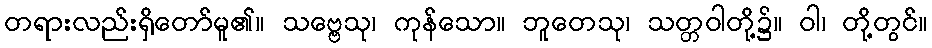
တရားလည်းရှိတော်မူ၏။ သဗ္ဗေသု၊ ကုန်သော။ ဘူတေသု၊ သတ္တဝါတို့၌။ ဝါ၊ တို့တွင်။